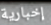
إخبارية